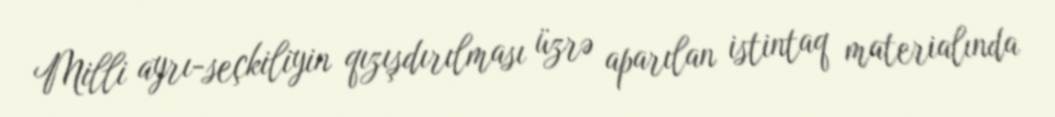
Milli ayrı-seçkiliyin qızışdırılması üzrə aparılan istintaq materialında